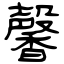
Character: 馨